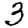
Digit: 3